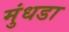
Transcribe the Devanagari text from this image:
मुंधडा